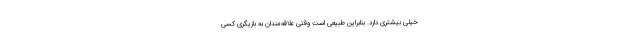
خیلی بیشتری دارد. بنابراین طبیعی است وقتی علاقه‌مندان به بازیگری کسی